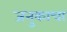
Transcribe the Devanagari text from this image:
जनुकाचा